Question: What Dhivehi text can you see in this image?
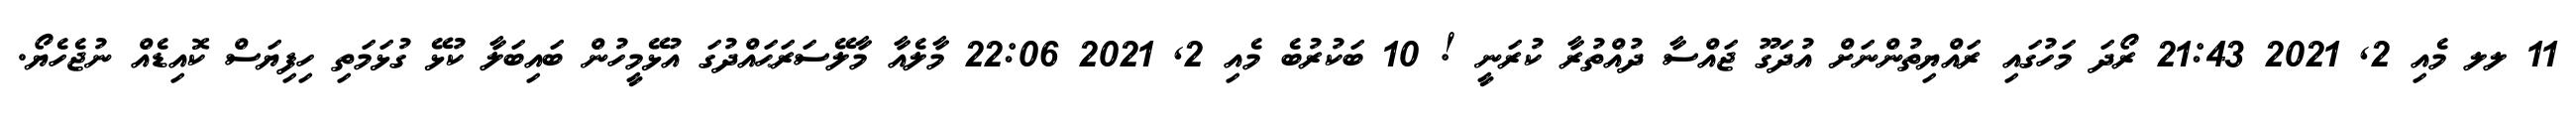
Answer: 11 ލލ މެއި 2, 2021 21:43 ރޯދަ މަހުގައި ރައްޔިތުންނަށް އުދަގޫ ޖައްސާ ދުއްތުރާ ކުރަނީ ! 10 ބަކުރުބެ މެއި 2, 2021 22:06 މާލެއާ މާލޭސަރަޙައްދުގަ އުޅޭމީހުން ބައިބަލާ ކުޅޭ ގުޅަމަތި ހިފިޔަސް ކޮއިޑެއް ނުޖެހެޔޯ.